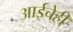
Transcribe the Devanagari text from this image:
आईचेही